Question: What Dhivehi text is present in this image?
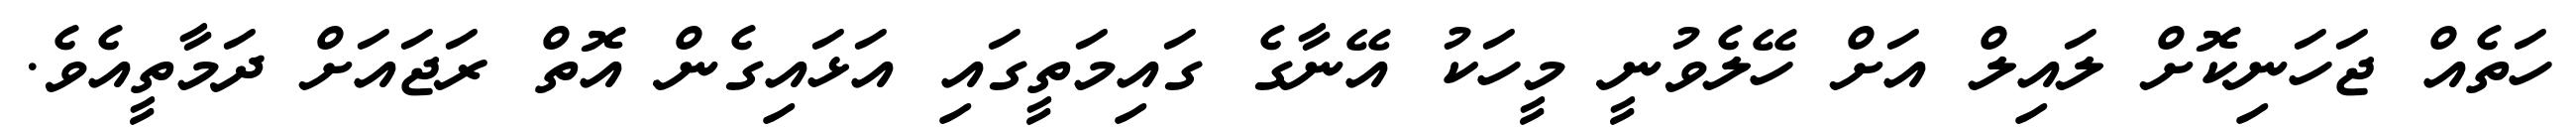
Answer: ހަތެއް ޖަހަނިކޮށް ލައިލް އަށް ހޭލެވުނީ މީހަކު އޭނާގެ ގައިމަތީގައި އަޅައިގެން އޮތް ރަޖައަށް ދަމާތީއެވެ.